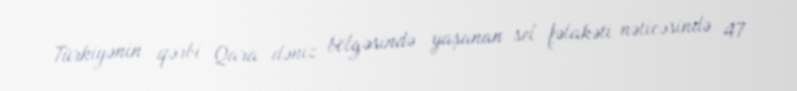
Türkiyənin qərbi Qara dəniz bölgəsində yaşanan sel fəlakəti nəticəsində 47